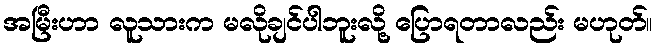
အမြီးဟာ လူသားက မလိုချင်ပါဘူးလို့ ပြောရတာလည်း မဟုတ်။